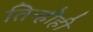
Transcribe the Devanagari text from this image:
तिन्हीही